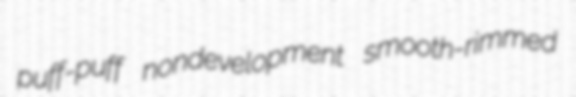
puff-puff nondevelopment smooth-rimmed